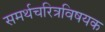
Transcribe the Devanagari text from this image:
समर्थचरित्रविषयक